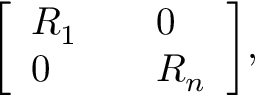
{ \left[ \begin{array} { l l l } { R _ { 1 } } & { } & { 0 } \\ { 0 } & { } & { R _ { n } } \end{array} \right] } ,